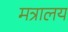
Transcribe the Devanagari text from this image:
मत्रालय